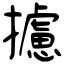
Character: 攄